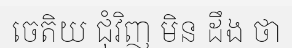
ចេតិយ ជុំវិញ មិន ដឹង ថា